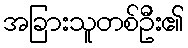
အခြားသူတစ်ဦး၏